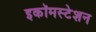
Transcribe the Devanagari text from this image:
इकॉमस्टेशन